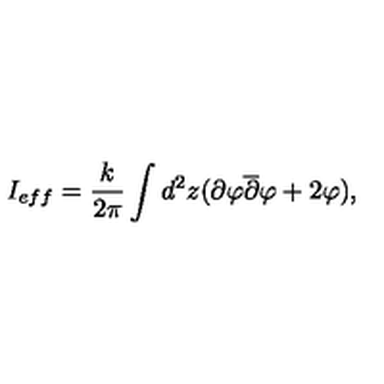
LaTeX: I _ { e f f } = \frac { k } { 2 \pi } \int d ^ { 2 } z ( \partial \varphi \overline { { \partial } } \varphi + 2 \varphi ) ,